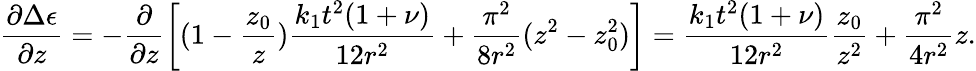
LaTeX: \frac{\partial\Delta\epsilon}{\partial z}=-\frac{\partial}{\partial z}\left[(1-\frac{z_{0}}{z})\frac{k_{1}t^{2}(1+\nu)}{12r^{2}}+\frac{\pi^{2}}{8r^{2}}(z^{2}-z_{0}^{2})\right]=\frac{k_{1}t^{2}(1+\nu)}{12r^{2}}\frac{z_{0}}{z^{2}}+\frac{\pi^{2}}{4r^{2}}z.